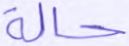
حالة